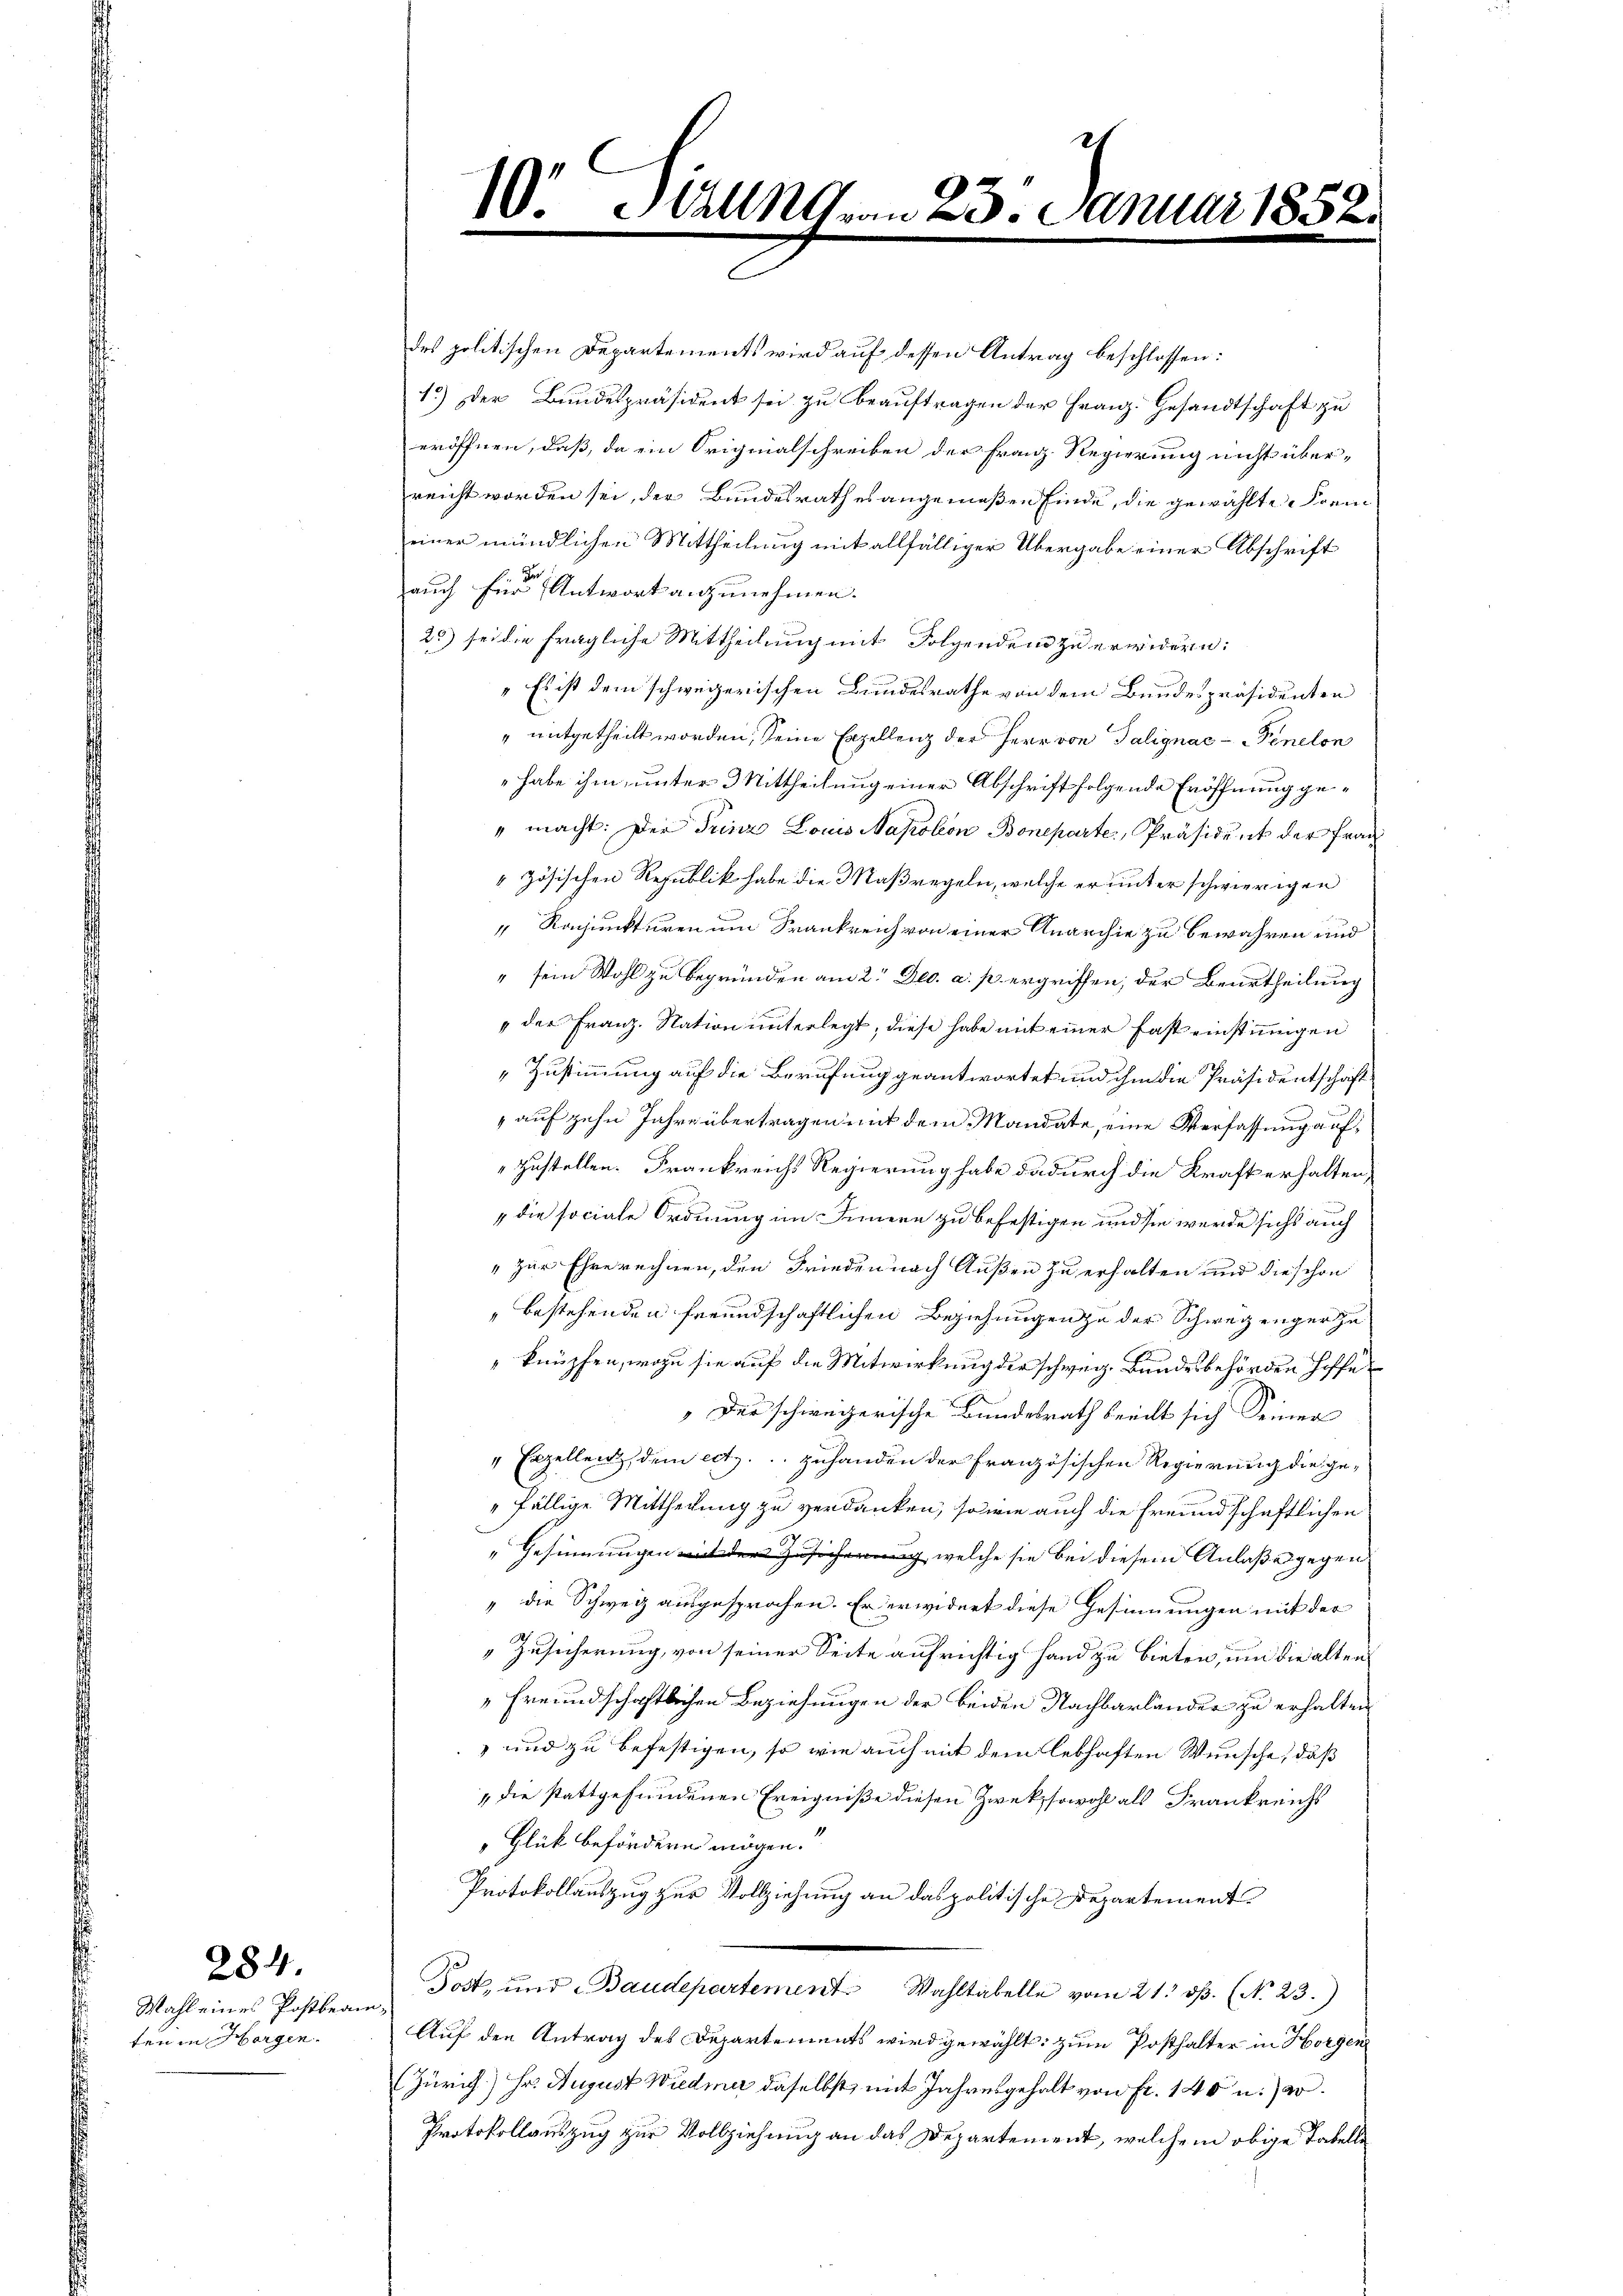
Wahl eines Postbean
ten in Horgen.

284.

.
10. Alle von 20. Januar 185

des politischen Departements wird auf dessen Antrag beschlossen:
1.) Der Bundespräsident sei zu beauftragen der Franz. Gesandtschaft zu
eröffnen, daß, da ein Originalschreiben der Franz. Regierung nicht überreicht worden sei, der Bundesrathes angemeßen finde, die gewählte Frei
einer mündlichen Mittheilung mit allfälliger Übergabe einer Abschrift
auch für Antwort anzunehmen.
2) sei die fragliche Mittheilung mit Folgenden zu erwidern:
„Es ist dem schweizerischen Bundesrathe von dem Bundespräsidenten
" mitgetheilt worden, seine Exzellenz der Herr von Talignac-enelon
habe ihm unter Mittheilung einer Abschrift folgende Eröffnung ge¬
“ macht. Der Prinz Louis Napoleon Boneparte, Präsident der Frau
 zösischen Republik habe die Maßregeln, welche er unter schwierigen
 Rajunkturen um Frankreich von einer Anarchie zu bewahren und
" sein Wohl zu begründen am 2. Dec. a. p. ergriffen, der Beurtheilung
der Franz. Nation unterlegt, diese habe mit einer fast einstigen
"Zustimmung auf die Berufung geantwortet und ihm die Präsidentschaft
auf zehn Jahre übertragen mit dem Mandate, eine Verfassung aufzustellen. Frankreichs Regierung habe dadurch die Kraft erhalten,
1 die sociale Ordnung im Innern zu befestigen und sie werde sicht auch
"zur Ehre rechnen, den Frieden nach Außen zu erhalten und die schon
bestehenden freundschaftlichen Beziehungen zu der Schwegenger zu
knüpfen, wozu sie auf die Mitwirkung der schweiz. Bundesbehörden hoffe¬
Der schweizerische Bundesrath beeilt sich Seiner
" Exzellenz, dem ect. Zuhanden der französischen Regierung die gefällige Mittheilung zu verdanken, sowie auch die freundschaftlichen
"Gesinnungen der Zusich welche sie bei diesem Anlaßes gegen¬
" die Schweiz ausgesprochen. Er erwidert diese Gesinnungen mit der
Zusicherung, von seiner Seite aufrichtig hand zu bieten, und die alten
„Freundschaftlichen Beziehungen der beiden Nachbarländer zu erhalten
 und zu befestigen, so wie auch mit dem lebhaften Wünsche, daß
„die stattgefundenen Ereigniße diesen Zwek sowohl als Frankreichs
„Glück befördern mögen.
Protokollauszug zur Vollziehung an das politische Departement
Post, und Baudepartement Wahltabelle vom 21. dβ. (No 23.)
Auf den Antrag des Departements wird gewählt: zum Posthalter in Horgen
(Zürich) Hr. August Wiedmer daselbst, mit Jahresgehalt von Fr. 140 u. a.
Protokollauszug zur Vollziehung an das Departement, welchem obige Tabelle